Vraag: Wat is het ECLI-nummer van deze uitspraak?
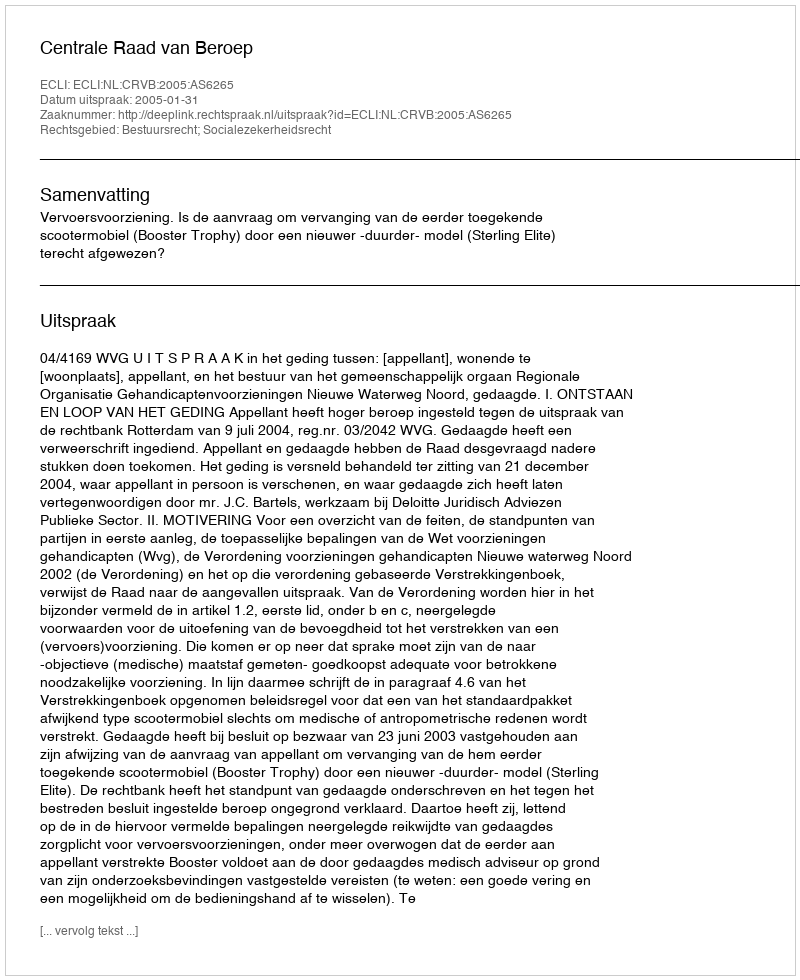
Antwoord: ECLI:NL:CRVB:2005:AS6265